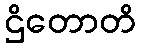
ဌိတောတိ